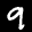
Label: 9